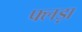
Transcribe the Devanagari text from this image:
फ्लड़ा